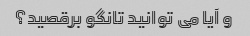
و آیا می توانید تانگو برقصید؟